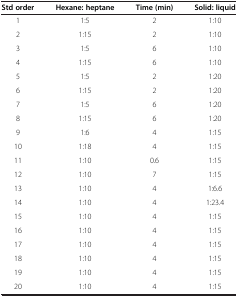
| Std order | Hexane: heptane | Time (min) | Solid: liquid |
 | --- | --- | --- | --- |
 | 1 | 1:5 | 2 | 1:10 |
 | 2 | 1:15 | 2 | 1:10 |
 | 3 | 1:5 | 6 | 1:10 |
 | 4 | 1:15 | 6 | 1:10 |
 | 5 | 1:5 | 2 | 1:20 |
 | 6 | 1:15 | 2 | 1:20 |
 | 7 | 1:5 | 6 | 1:20 |
 | 8 | 1:15 | 6 | 1:20 |
 | 9 | 1:6 | 4 | 1:15 |
 | 10 | 1:18 | 4 | 1:15 |
 | 11 | 1:10 | 0.6 | 1:15 |
 | 12 | 1:10 | 7 | 1:15 |
 | 13 | 1:10 | 4 | 1:6.6 |
 | 14 | 1:10 | 4 | 1:23.4 |
 | 15 | 1:10 | 4 | 1:15 |
 | 16 | 1:10 | 4 | 1:15 |
 | 17 | 1:10 | 4 | 1:15 |
 | 18 | 1:10 | 4 | 1:15 |
 | 19 | 1:10 | 4 | 1:15 |
 | 20 | 1:10 | 4 | 1:15 |